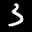
Label: 3